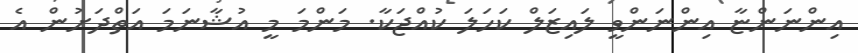
އިންނަންޏާ އިންނަންވީ ލައިޒަލް ކަހަލަ ކުއްޖަކާ. މަންމަ މީ އުޝާނަމަ އަތްދަށުން އެ